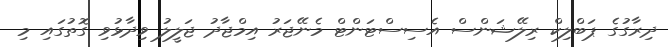
ދިރާގުގެ ޕަބްލިކް ރިލޭޝަންސް އެސިސްޓަންޓް މެނޭޖަރު އިމްޖާދު ޖަލީލު ވިދާޅުވި ގޮތުގައި މި